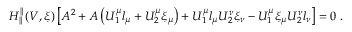
\begin{array} { r } { H _ { \parallel } ^ { \parallel } ( V , \xi ) \left[ A ^ { 2 } + A \left( U _ { 1 } ^ { \mu } l _ { \mu } + U _ { 2 } ^ { \mu } \xi _ { \mu } \right) + U _ { 1 } ^ { \mu } l _ { \mu } U _ { 2 } ^ { \nu } \xi _ { \nu } - U _ { 1 } ^ { \mu } \xi _ { \mu } U _ { 2 } ^ { \nu } l _ { \nu } \right] = 0 \; . } \end{array}